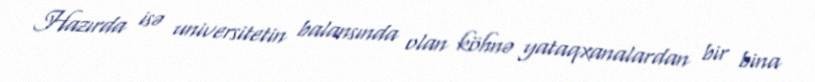
Hazırda isə universitetin balansında olan köhnə yataqxanalardan bir bina